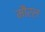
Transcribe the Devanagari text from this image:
मौरल